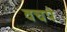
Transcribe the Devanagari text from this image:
वचपे